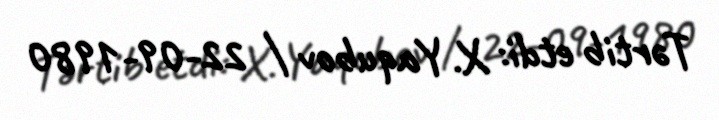
Tərtib etdi: X. Yaqubov / 22-09-1980